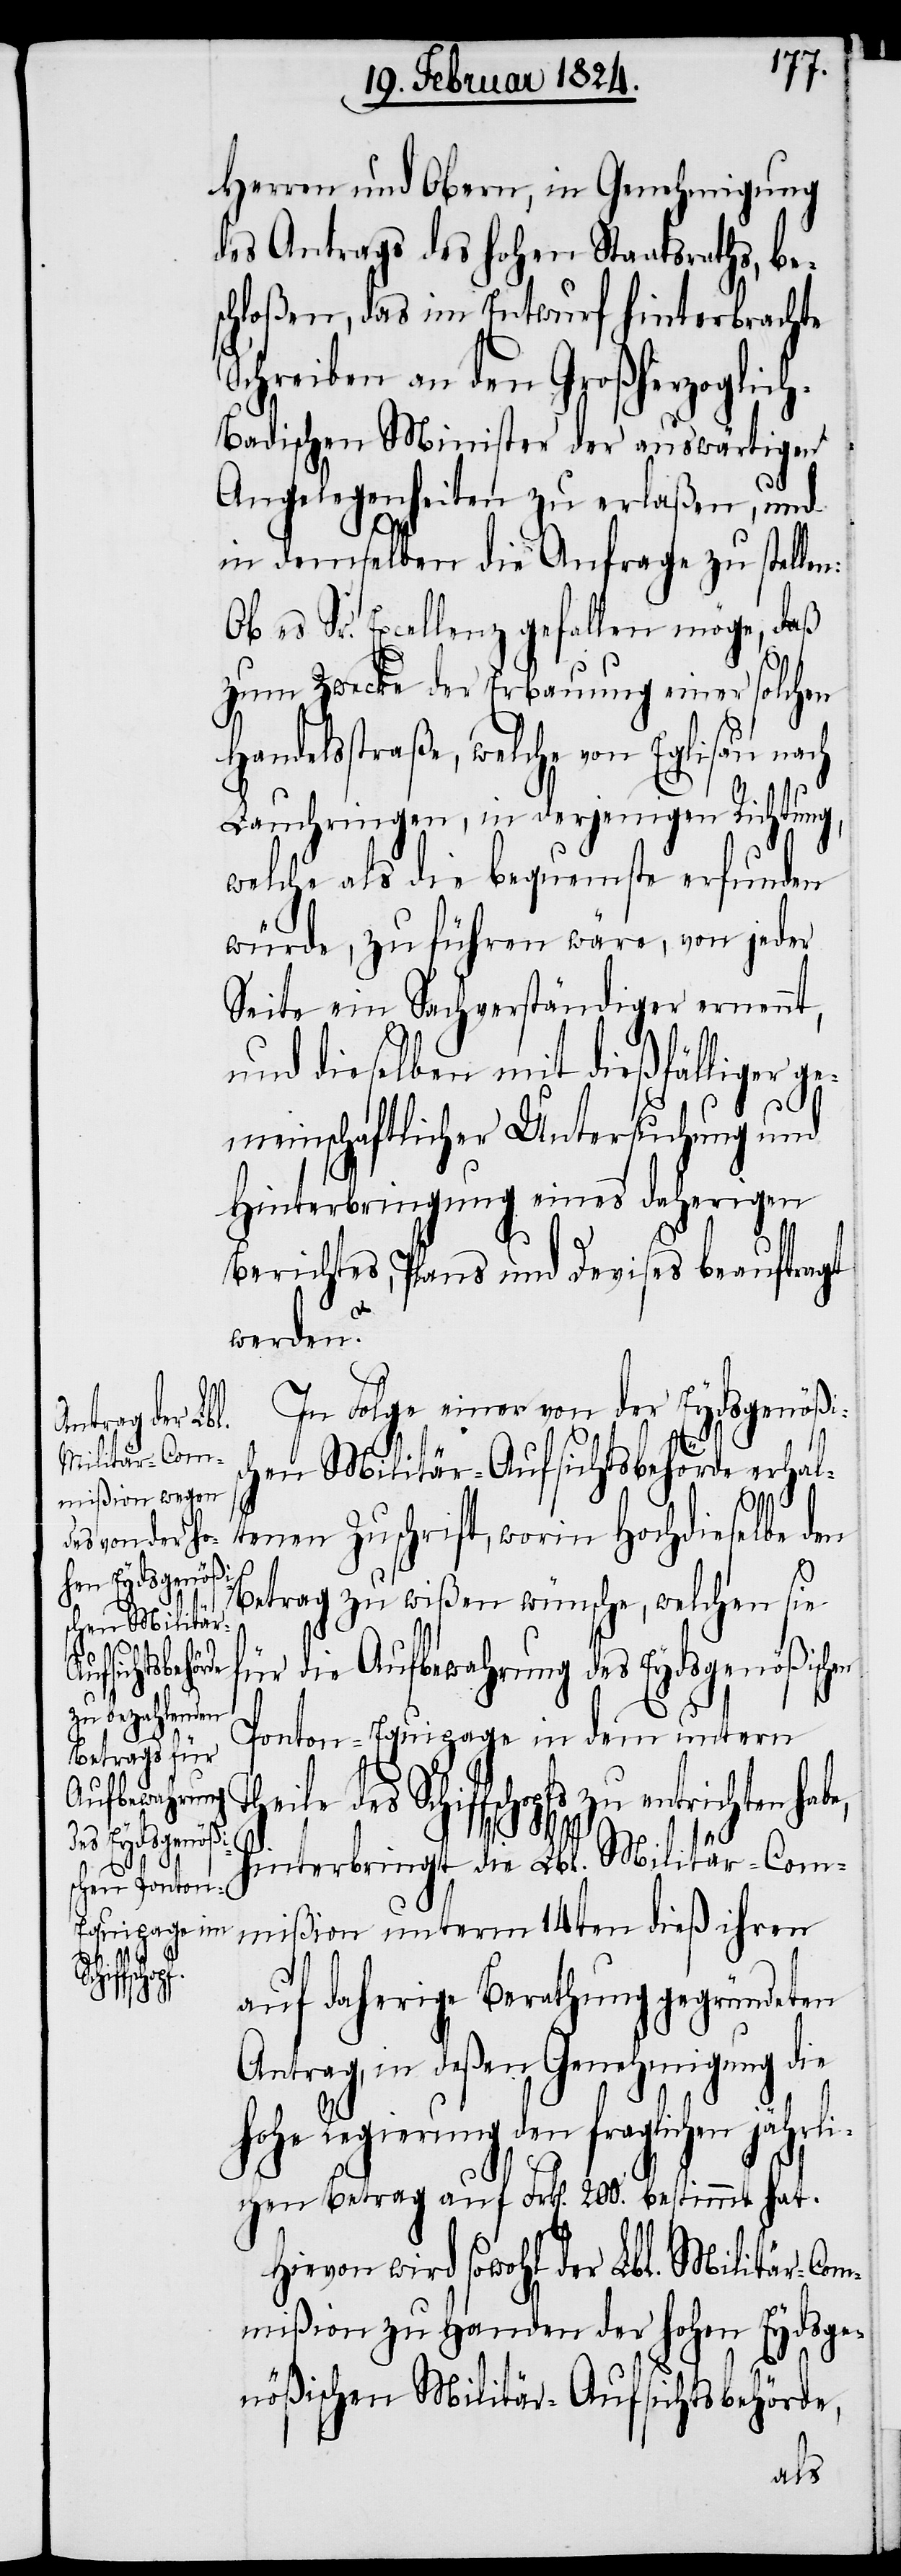
richten habe,

Herren und Obern, in Genehmigung
des Antrags des hohen Staatsraths, be¬
schloßen, das im Entwurf hinterbrachte
Schreiben an den Großherzoglic¬
h-Badischen Minister der auswärtigen
Angelegenheiten zu erlaßen, und
ist demselben die Anfrage zu stellen:
Ob es Sr. Excellenz gefallen möge, daß
zum Zwecke der Erbauung einer solchen
Handelsstraße, welche von Eglisau nach
Lauchringen, in derjenigen Richtung,
welche als die bequemste erfunden
würde, zu führen wäre, von jeder
Seite ein Sachverständiger ernennt,
und dieselben mit dießfälliger g¬
emeinschaftlicher Untersuchung und
Hinterbringung eines daherigen
Berichtes, Plans und Devises beauftragt
werden?
In Folge einer von der Eydsgenößis¬
chen Militär-Aufsichtsbehörde erhal¬
tenen Zuschrift, worin Hochdieselbe den
Betrag zu wißen wünsche, welchen sie
für die Aufbewahrung des Eydsgenößischen
Ponton-Equipage in dem untern
des Schiffschopfs zu ent¬
hinterbringt die Lbl. Militär-Com¬
mißion unterm 14ten dieß ihren
auf daherige Berathung gegründeten
Antrag, in deßen Genehmigung die
Regierung den fraglichen jähr¬
lichen Betrag auf Frk[en]. 200. bestimmt hat.
Hievon wird sowohl der Lbl. Militär-Com¬
mißion zu Handen der hohen Eydsge¬
nößischen Militär-Aufsichtsbehörde,